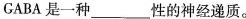
GABA是一种 ___ 性的神经递质。